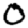
Digit: 0